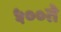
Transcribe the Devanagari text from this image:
५००ते